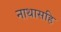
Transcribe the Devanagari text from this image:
नाथासहि